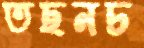
তছনচ